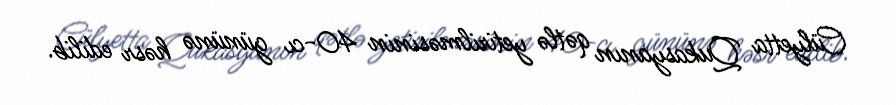
Cülyetta Qukasyanın qətlə yetirilməsinin 40-cı gününə həsr edilib.